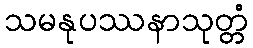
သမနုပဿနာသုတ္တံ